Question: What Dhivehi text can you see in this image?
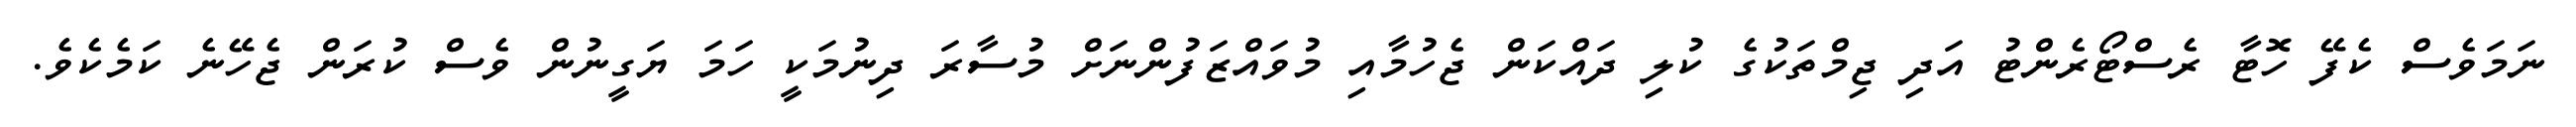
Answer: ނަމަވެސް ކެފޭ ހޮޓާ ރެސްޓޯރެންޓު އަދި ޖިމްތަކުގެ ކުލި ދައްކަން ޖެހުމާއި މުވައްޒަފުންނަށް މުސާރަ ދިނުމަކީ ހަމަ ޔަގީނުން ވެސް ކުރަން ޖެހޭނެ ކަމެކެވެ.